Sanitation, dispensaries and jails vaccination Rajputana 1922-1927 - 1922-1927
Year: 1922
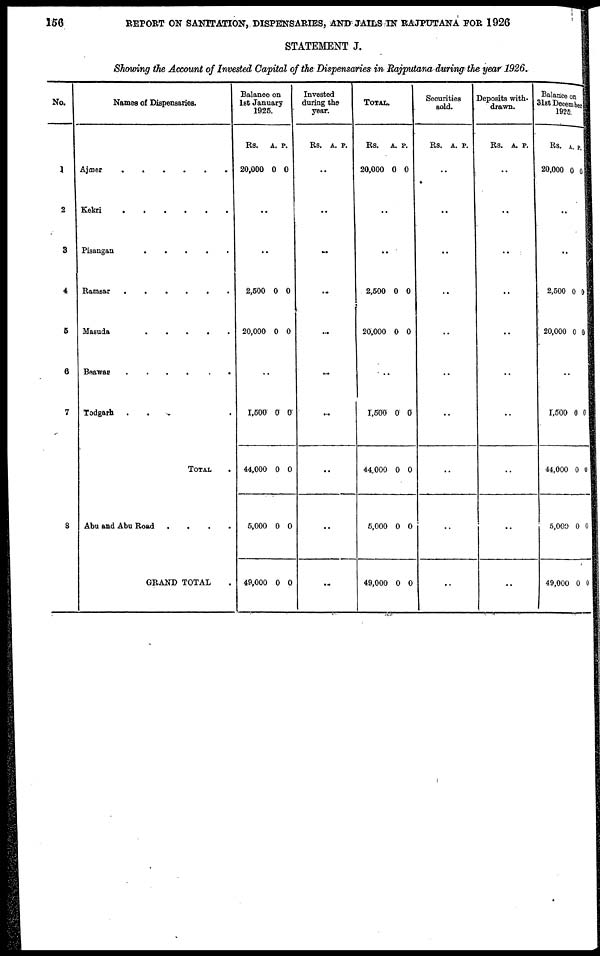
156
REPORT ON SANITATION, DISPENSARIES, AND JAILS IN RAJPUTANA FOR 1926
STATEMENT J.
Showing the Account of Invested Capital of the Dispensaries in Rajputana during the year 1926.
No.
1
2
3
4
5
6
7
8
Names of Dispensaries.
Ajmer . . . . . .
Kekri . . . .
Pisangan . . . . .
Ramsar . . . . ..
Masuda
.
.
.
.
.
Beawar . . . . .
Todgarh . . . . .
TOTAL .
Abu and Abu Road
.
.
.
.
GRAND TOTAL .
Balance on
1st January
1925.
Rs.
20,000
A.
0
P.
0
..
..
2,500
20,000
0
0
0
0
..
1,500
44,000
5,000
49,000
0
0
0
0
0
0
0
0
Invested
during the
year.
Rs. A. P.
..
..
..
..
..
..
..
..
..
..
TOTAL.
Rs.
20,000
A.
0
P.
0
..
..
2,500
20,000
0
0
0
0
..
1,500
44,000
5,000
49,000
0
0
0
0
0
0
0
0
Securities
sold.
Rs. A. P.
..
..
..
..
..
..
..
..
..
..
Deposits with-
drawn.
Rs. A. P.
..
..
..
..
..
..
..
..
..
..
Balance on
31st December
1925.
Rs.
20,000
A.
0
P.
0
..
..
2,500
20,000
0
0
0
0
..
1,500
44,000
5,000
49,000
0
0
0
0
0
0
0
0